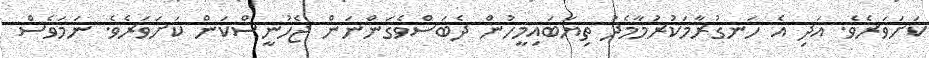
ކަށަވަރެވެ. އަދި އެ ހަނގުރާމަކުރުމާމެދު ތިޔަބައިމީހުން ދެބަސްވެގަންނަން ޖެހުނީސްކަން ކަށަވަރެވެ. ނަމަވެސް